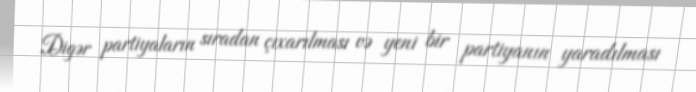
Digər partiyaların sıradan çıxarılması və yeni bir partiyanın yaradılması